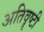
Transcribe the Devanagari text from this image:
अतिवॄष्टी